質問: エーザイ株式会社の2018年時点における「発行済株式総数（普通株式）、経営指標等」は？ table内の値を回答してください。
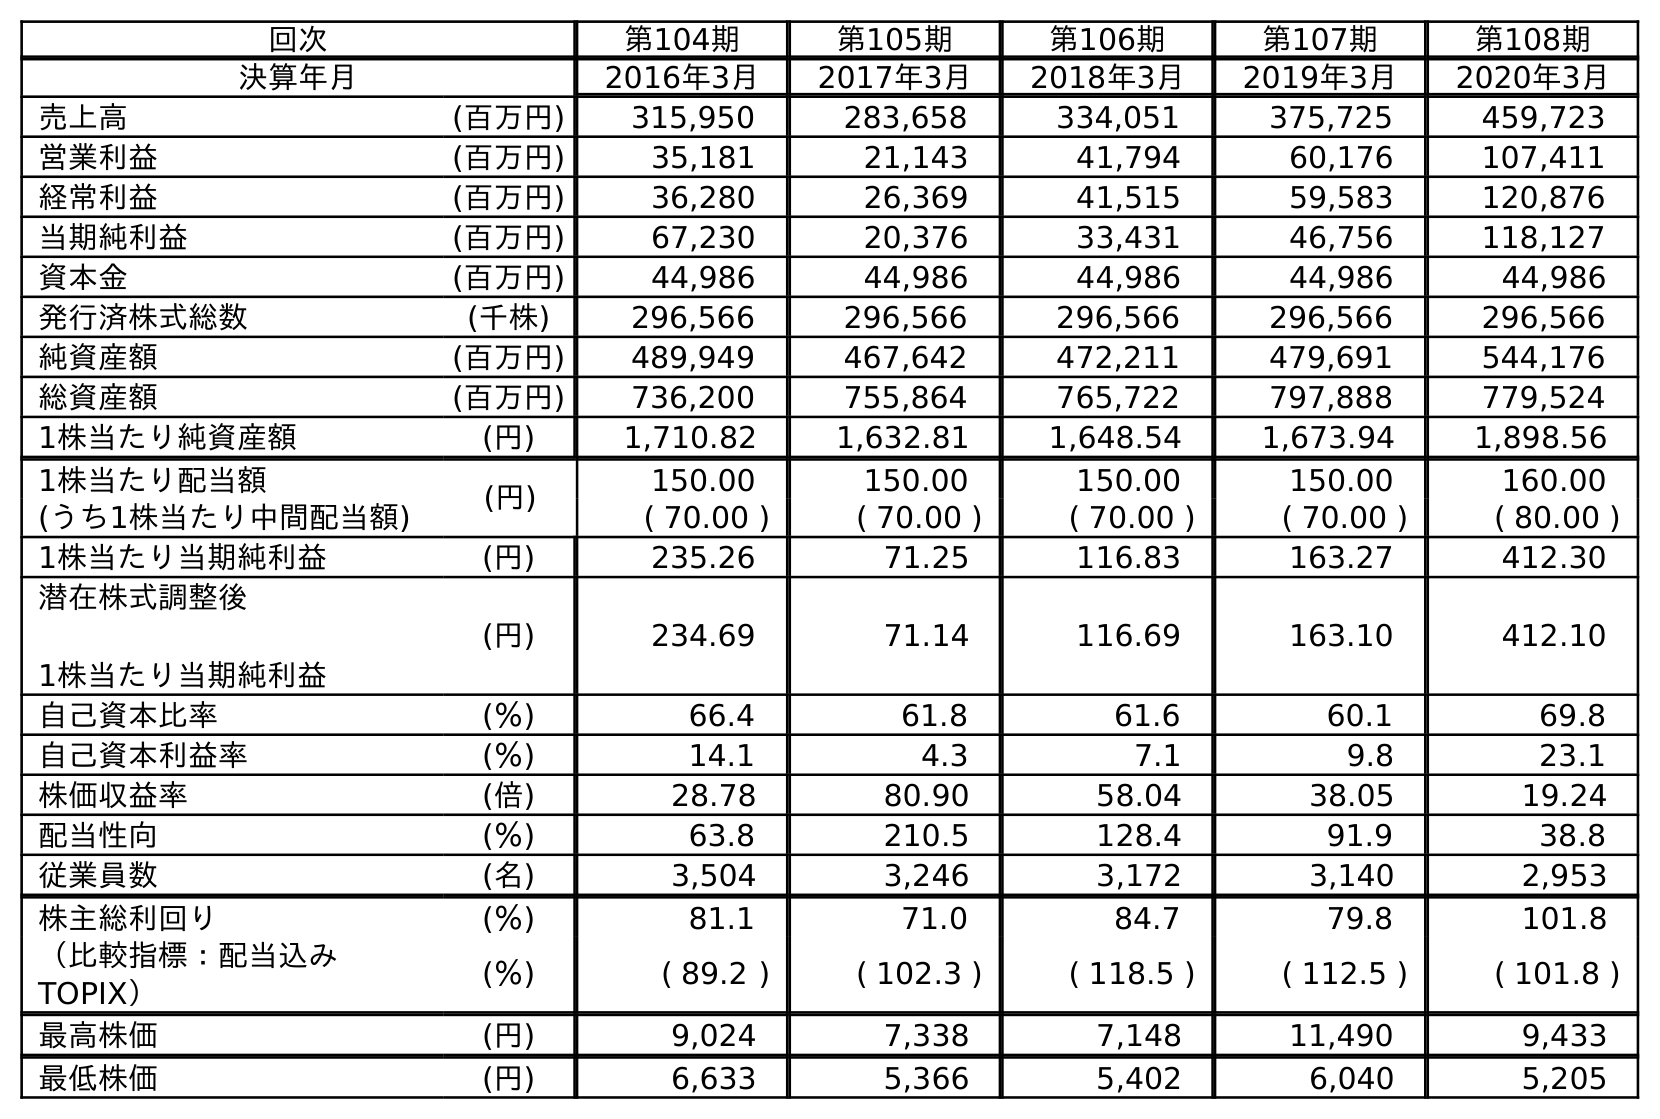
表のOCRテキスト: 回次 第104期 第105期 第106期 第107期 第108期 決算年月 2016年3月 2017年3月 2018年3月 2019年3月 2020年3月 売上高 (百万円) 315,950 283,658 334,051 375,725 459,723 営業利益 (百万円) 35,181 21,143 41,794 60,176 107,411 経常利益 (百万円) 36,280 26,369 41,515 59,583 120,876 当期純利益 (百万円) 67,230 20,376 33,431 46,756 118,127 資本金 (百万円) 44,986 44,986 44,986 44,986 44,986 発行済株式総数 (千株) 296,566 296,566 296,566 296,566 296,566 純資産額 (百万円) 489,949 467,642 472,211 479,691 544,176 総資産額 (百万円) 736,200 755,864 765,722 797,888 779,524 1株当たり純資産額 (円) 1,710.82 1,632.81 1,648.54 1,673.94 1,898.56 1株当たり配当額 (円) 150.00 150.00 150.00 150.00 160.00 (うち1株当たり中間配当額) ( 70.00 ) ( 70.00 ) ( 70.00 ) ( 70.00 ) ( 80.00 ) 1株当たり当期純利益 (円) 235.26 71.25 116.83 163.27 412.30 潜在株式調整後 1株当たり当期純利益 (円) 234.69 71.14 116.69 163.10 412.10 自己資本比率 (％) 66.4 61.8 61.6 60.1 69.8 自己資本利益率 (％) 14.1 4.3 7.1 9.8 23.1 株価収益率 (倍) 28.78 80.90 58.04 38.05 19.24 配当性向 (％) 63.8 210.5 128.4 91.9 38.8 従業員数 (名) 3,504 3,246 3,172 3,140 2,953 株主総利回り (％) 81.1 71.0 84.7 79.8 101.8 （比較指標：配当込み TOPIX） (％) ( 89.2 ) ( 102.3 ) ( 118.5 ) ( 112.5 ) ( 101.8 ) 最高株価 (円) 9,024 7,338 7,148 11,490 9,433 最低株価 (円) 6,633 5,366 5,402 6,040 5,205
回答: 296,566